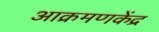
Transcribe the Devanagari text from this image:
आक्रमणकेंद्र